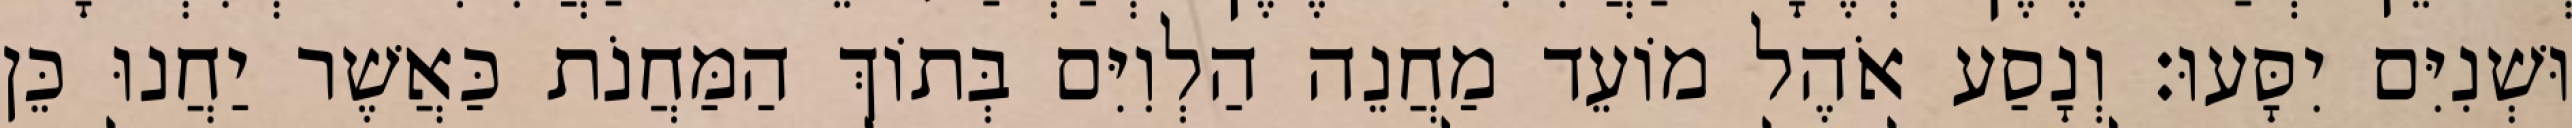
וּשְׁנִיִּם יִסָּעוּ׃ וְנָסַע אֹהֶל מוֹעֵד מַחֲנֵה הַלְוִיִּם בְּתוֹךְ הַמַּחֲנֹת כַּאֲשֶׁר יַחֲנוּ כֵּן